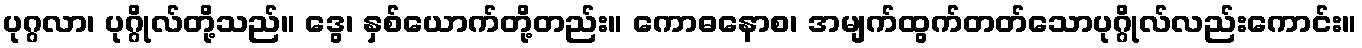
ပုဂ္ဂလာ၊ ပုဂ္ဂိုလ်တို့သည်။ ဒွေ၊ နှစ်ယောက်တို့တည်း။ ကောဓနောစ၊ အမျက်ထွက်တတ်သောပုဂ္ဂိုလ်လည်းကောင်း။